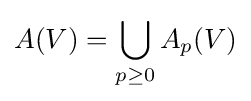
A(V)=\bigcup _{p\geq 0}A_{p}(V)